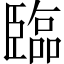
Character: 臨